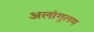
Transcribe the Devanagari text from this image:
अलांगुलम